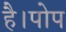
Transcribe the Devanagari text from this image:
है।पोप